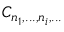
C _ { n _ { 1 } , . . . , n _ { i } , . . . }